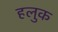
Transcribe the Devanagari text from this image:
हलुक